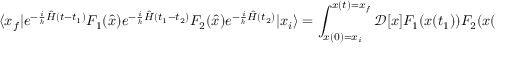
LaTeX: \langle x _ { f } | e ^ { - { \frac { i } { \hbar } } { \hat { H } } ( t - t _ { 1 } ) } F _ { 1 } ( { \hat { x } } ) e ^ { - { \frac { i } { \hbar } } { \hat { H } } ( t _ { 1 } - t _ { 2 } ) } F _ { 2 } ( { \hat { x } } ) e ^ { - { \frac { i } { \hbar } } { \hat { H } } ( t _ { 2 } ) } | x _ { i } \rangle = \int _ { x ( 0 ) = x _ { i } } ^ { x ( t ) = x _ { f } } { \mathcal { D } } [ x ] F _ { 1 } ( x ( t _ { 1 } ) ) F _ { 2 } ( x ( t _ { 2 } ) ) e ^ { { \frac { i } { \hbar } } \int d t L ( x ( t ) , { \dot { x } } ( t ) ) }